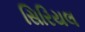
સિરિયલ